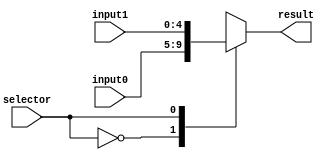
module Mux5
(
	input wire selector,
	input wire [4:0]input0,
	input wire [4:0]input1,
	output reg [4:0]result
);

	always @(*)
		begin
			case (selector)
				1'b0: 
					begin
						result <= input0;
					end
				1'b1: 
					begin
						result <= input1;
					end
				default:
					begin
						result <= 5'bxxxxx;
					end
			endcase
		end

endmodule